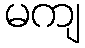
မကျ